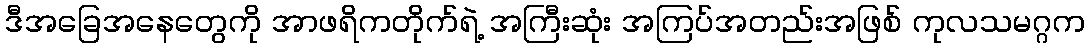
ဒီအခြေအနေတွေကို အာဖရိကတိုက်ရဲ့ အကြီးဆုံး အကြပ်အတည်းအဖြစ် ကုလသမဂ္ဂက